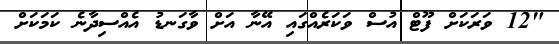
"12 ވަރަކަށް ފޫޓް އުސް ވަކަރެއްގައި އޭނާ އަށް ވާގަނޑު އެއްސިދާނެ ކަމަކަށް